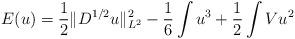
LaTeX: \begin{align*}E(u) = \frac12 \| D^{1/2}u\|_{L^2}^2 - \frac16 \int u^3 + \frac12 \int Vu^2\end{align*}